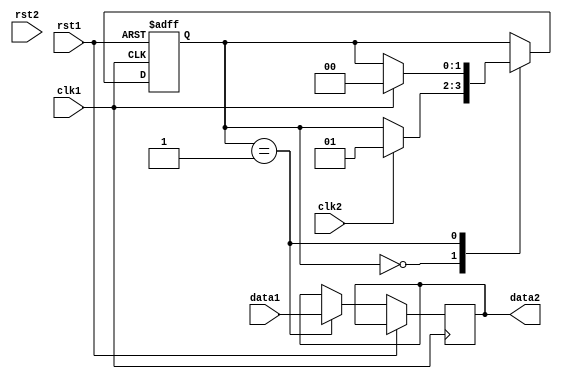
module synchronizer (
    input wire clk1,  // clock signal for the first clock domain
    input wire rst1,  // reset signal for the first clock domain
    input wire data1, // data signal for the first clock domain
    
    input wire clk2,  // clock signal for the second clock domain
    input wire rst2,  // reset signal for the second clock domain
    output reg data2  // synchronized data signal for the second clock domain
);

// Handshaking logic for synchronization
reg [1:0] state;
parameter IDLE = 2'd0;
parameter SYNC = 2'd1;

always @ (posedge clk1 or posedge rst1) begin
    if (rst1) begin
        state <= IDLE;
    end else begin
        case (state)
            IDLE: begin
                if (clk2) begin
                    state <= SYNC;
                end
            end
            SYNC: begin
                data2 <= data1;
                if (clk1) begin
                    state <= IDLE;
                end
            end
        endcase
    end
end

endmodule